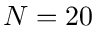
N = 2 0